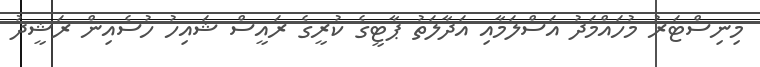
މިނިސްޓަރު މުހައްމަދު އަސްލަމާއި އަދާލަތު ޕާޓީގެ ކުރީގެ ރައީސް ޝައިހު ހުސެއިން ރަޝީދު